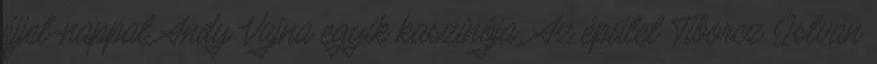
éjjel-nappal Andy Vajna egyik kaszinója. Az épület Tiborcz István